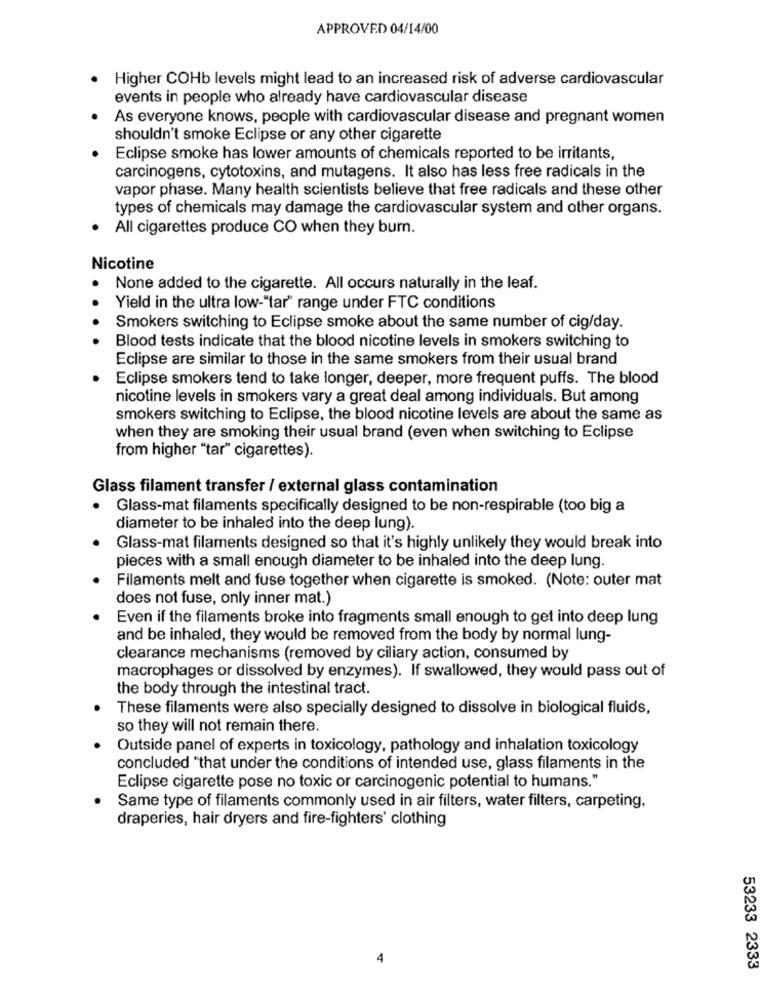
APPROVED 04/14/00
Higher COHb levels might lead to an increased risk of adverse cardiovascular
events in people who already have cardiovascular disease
As everyone knows, people with cardiovascular disease and pregnant women
shouldn't smoke Eclipse or any other cigarette
Eclipse smoke has lower amounts of chemicals reported to be irritants,
carcinogens, cytotoxins, and mutagens. It also has less free radicals in the
vapor phase. Many health scientists believe that free radicals and these other
types of chemicals may damage the cardiovascular system and other organs.
All cigarettes produce CO when they burn.
Nicotine
None added to the cigarette. All occurs naturally in the leaf.
Yield in the ultra low-"tar" range under FTC conditions
Smokers switching to Eclipse smoke about the same number of cig/day.
Blood tests indicate that the blood nicotine levels in smokers switching to
Eclipse are similar to those in the same smokers from their usual brand
Eclipse smokers tend to take longer, deeper, more frequent puffs. The blood
nicotine levels in smokers vary a great deal among individuals. But among
smokers switching to Eclipse, the blood nicotine levels are about the same as
when they are smoking their usual brand (even when switching to Eclipse
from higher "tar" cigarettes).
Glass filament transfer / external glass contamination
Glass-mat filaments specifically designed to be non-respirable (too big a
diameter to be inhaled into the deep lung).
Glass-mat filaments designed so that it's highly unlikely they would break into
pieces with a small enough diameter to be inhaled into the deep lung.
Filaments melt and fuse together when cigarette is smoked. (Note: outer mat
does not fuse, only inner mat.)
Even if the filaments broke into fragments small enough to get into deep lung
and be inhaled, they would be removed from the body by normal lung-
clearance mechanisms (removed by ciliary action, consumed by
macrophages or dissolved by enzymes). If swallowed, they would pass out of
the body through the intestinal tract.
These filaments were also specially designed to dissolve in biological fluids,
so they will not remain there.
Outside panel of experts in toxicology, pathology and inhalation toxicology
concluded "that under the conditions of intended use, glass filaments in the
Eclipse cigarette pose no toxic or carcinogenic potential to humans."
Same type of filaments commonly used in air filters, water filters, carpeting,
draperies, hair dryers and fire-fighters' clothing
4
53233 2333